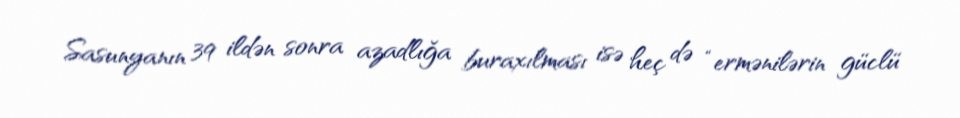
Sasunyanın 39 ildən sonra azadlığa buraxılması isə heç də “ermənilərin güclü